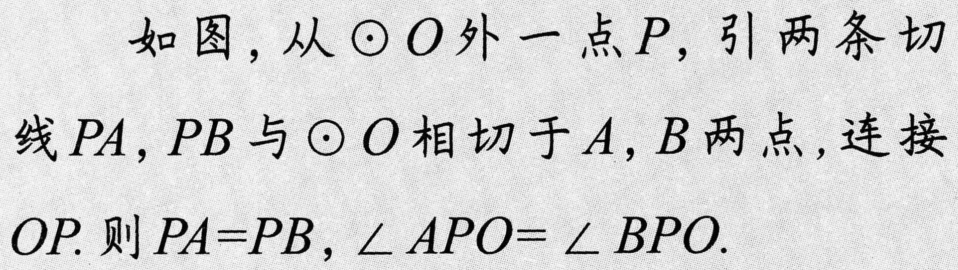
如图，从\(\odot O\)外一点\(P\)，引两条切线\(PA,PB\)与\(\odot O\)相切于\(A,B\)两点，连接\(OP.\)则\(PA = PB\)，\(\angle APO=\angle BPO\).